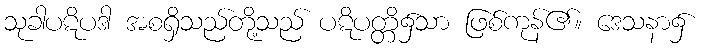
သုခါပဋိပဒါ အစရှိသည်တို့သည် ပဋိပတ္တိ၌သာ ဖြစ်ကုန်၏။ ဒေသနာ၌